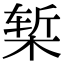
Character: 椠